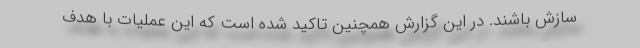
سازش باشند. در این گزارش همچنین تاکید شده است که این عملیات با هدف